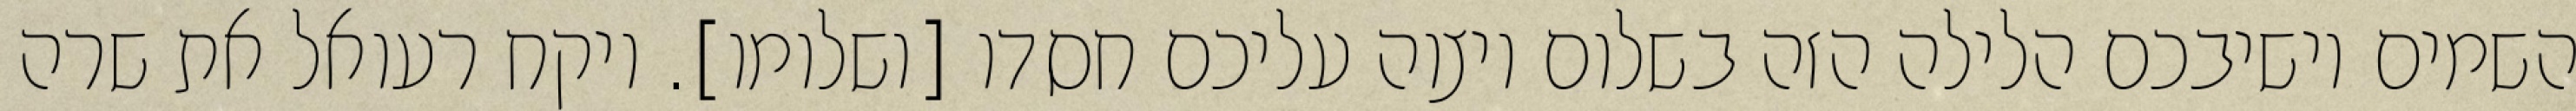
השמים יושיבכם הלילה הזה בשלום ויצוה עליכם חסדו [ושלומו]. ויקח רעואל את שרה